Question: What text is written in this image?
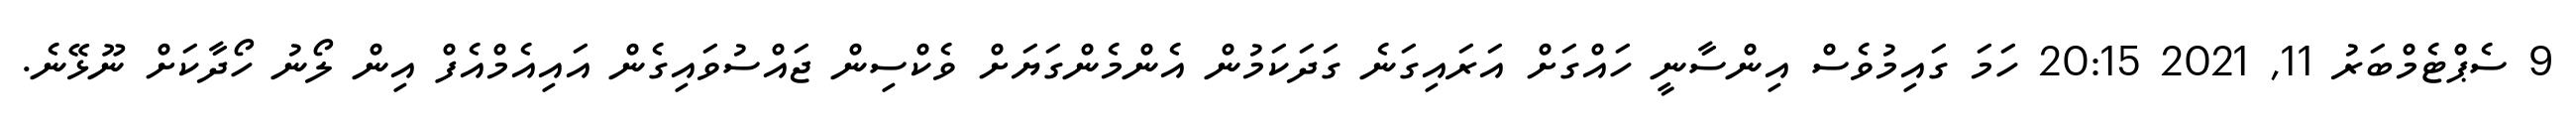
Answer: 9 ސެޕްޓެމްބަރު 11, 2021 20:15 ހަމަ ގައިމުވެސް އިންސާނީ ހައްގަށް އަރައިގަނެ ގަދަކަމުން އެންމެންގަޔަށް ވެކްސިން ޖައްސުވައިގެން އައިއެމްއެފް އިން ލޯނު ހޯދާކަށް ނޫޅޭނެ.